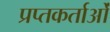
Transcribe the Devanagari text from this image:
प्रप्तकर्ताओं